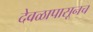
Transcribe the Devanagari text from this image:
देवळापासूनच